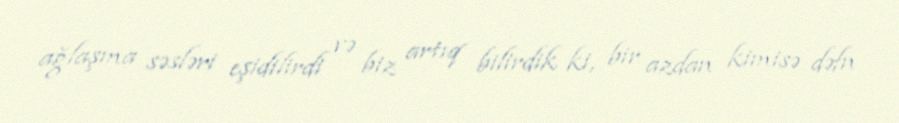
ağlaşma səsləri eşidilirdi və biz artıq bilirdik ki, bir azdan kimisə dəfn